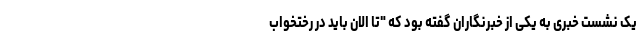
یک نشست خبری به یکی از خبرنگاران گفته بود که "تا الان باید در رختخواب